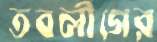
তবলীগের